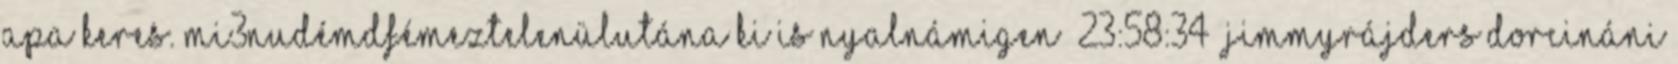
apa keres. mi3nudémdfémeztelenülutána ki is nyalnámigen 23:58:34 Jimmyrájders dorcináni